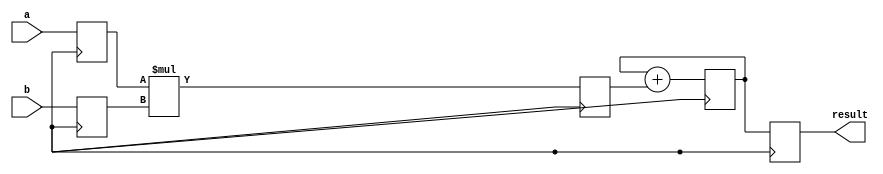
module multiplier(
    input [7:0] a,
    input [7:0] b,
    output reg [15:0] result
);

reg [7:0] reg_a;
reg [7:0] reg_b;
reg [15:0] product;
reg [15:0] accumulator;

always @ (posedge clk) begin
    reg_a <= a;
    reg_b <= b;
    product <= reg_a * reg_b;
    accumulator <= accumulator + product;
    result <= accumulator;
end

endmodule